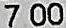
7.00